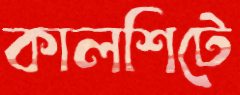
কালশিটে